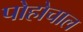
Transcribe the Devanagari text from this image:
पोहोचाल